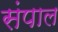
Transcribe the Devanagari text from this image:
संपाल